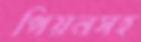
পিয়নসহ